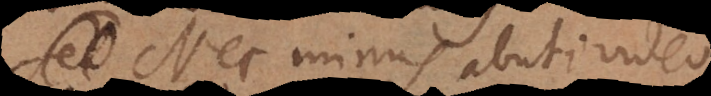
Nec minus abuti video